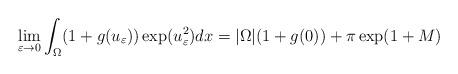
LaTeX: \begin{align*}\lim_{\varepsilon\to 0}\int_\Omega (1+g(u_\varepsilon)) \exp(u_\varepsilon^2) dx=|\Omega|(1+g(0))+\pi\exp(1+M)\end{align*}